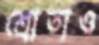
শ্রোতাও